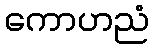
ကောဟညံ